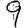
Digit: 9